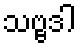
သဗ္ဗဒါ